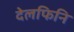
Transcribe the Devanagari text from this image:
देलफिनि